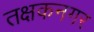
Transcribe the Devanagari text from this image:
तक्षकनगर